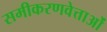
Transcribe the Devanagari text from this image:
समीकरणवेत्ताओं